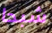
شبحا